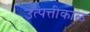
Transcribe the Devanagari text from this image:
उत्पत्तीकाळ